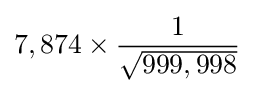
{7,874}\times {\frac {1}{\sqrt {999,998}}}